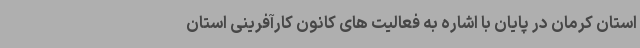
استان کرمان در پایان با اشاره به فعالیت های کانون کارآفرینی استان